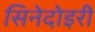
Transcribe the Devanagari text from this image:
सिनेदोइरी